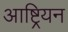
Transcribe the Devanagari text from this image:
आष्ट्रियन